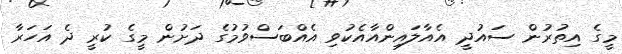
މީގެ އިތުރުން ސައުދީ އެއާލައިންއާއެކުވި އެއްބަސްވުމުގެ ދަށުން މީގެ ކުރީ ދެ އަހަރާ